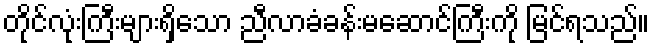
တိုင်လုံးကြီးများရှိသော ညီလာခံခန်းမဆောင်ကြီးကို မြင်ရသည်။